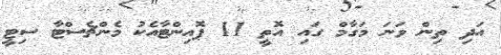
އަދި ތިން ވަނަ މަގާމް ގައި އޮތީ 11 ޕޮއިންޓާއެކު މެންޗެސްޓާ ސިޓީ